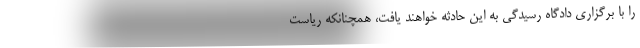
را با برگزاری دادگاه رسیدگی به این حادثه خواهند یافت، همچنانکه ریاست